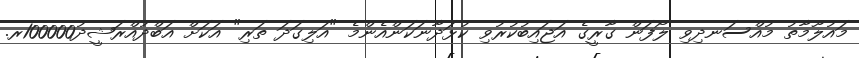
މައުލޫމާތު މުއްސަނދިވި ލޯފަން ގާރީގެ އަޖައިބުކުރުވި ކުޅަދާނަކަންއެންމެ "އަލިގަދަ ތަރި" އަކަށް އަބްދުއްރަޝީދު100000ރ.